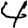
Digit: 4